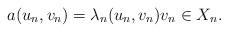
LaTeX: \begin{align*}a(u_n, v_n) =\lambda_n (u_n, v_n) v_n \in X_n.\end{align*}